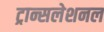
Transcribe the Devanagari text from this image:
ट्रान्सलेशनल